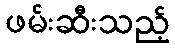
ဖမ်းဆီးသည့်